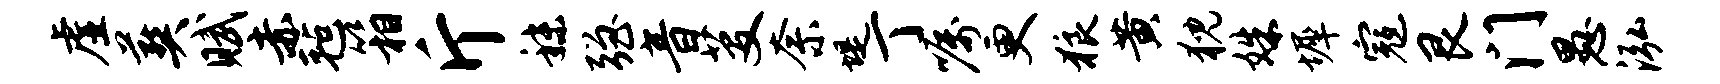
虚葬赋赤毡箱斤秣强音芟奈堤丁嘱更狼黄猊姝墀寇艮门愚泓